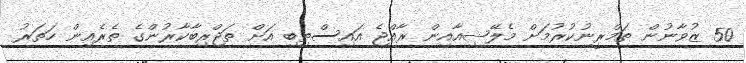
50 ޒުވާނުން ތަމްރީނުކުރުމަށް މެލޭޝިއާއިން ރާއްޖެ އައިސްތިބި އަށް ތަޖްރިބާކާރުންގެ ތެރެއިން ހަތަރު